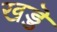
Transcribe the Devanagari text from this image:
खड्डॆ